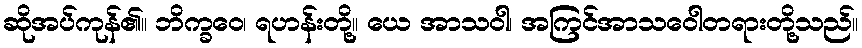
ဆိုအပ်ကုန်၏။ ဘိက္ခဝေ၊ ရဟန်းတို့။ ယေ အာသဝါ၊ အကြင်အာသဝေါတရားတို့သည်။